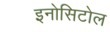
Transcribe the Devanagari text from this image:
इनोसिटोल